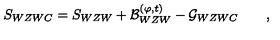
S _ { W Z W C } = S _ { W Z W } + { \cal B } _ { W Z W } ^ { ( \varphi , t ) } - { \cal G } _ { W Z W C } \qquad ,